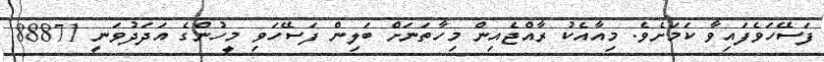
ފަސޭހަވެފައިވާ ކަމަށެވެ. މިއާއެކު ރާއްޖެއިން މިހާތަނަށް ބަލިން ފަސޭހަވި މީހުންގެ އަދަދުވަނީ 88871